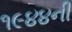
૧૯૪૪ની